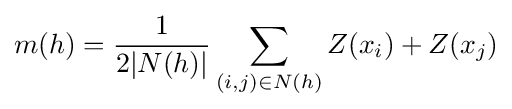
m(h)={\frac {1}{2|N(h)|}}\sum _{(i,j)\in N(h)}Z(x_{i})+Z(x_{j})